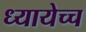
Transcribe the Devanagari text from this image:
ध्यायेच्च